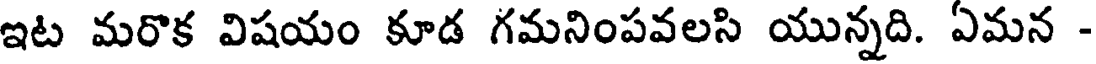
ఇట మరొక విషయం కూడ గమనింపవలసి యున్నది. ఏమన -